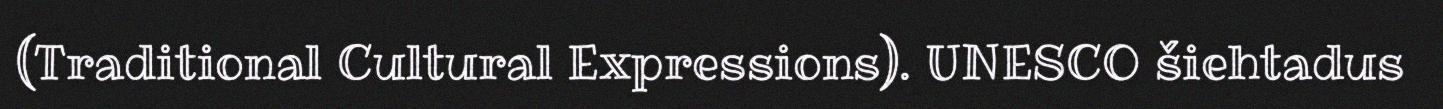
(Traditional Cultural Expressions). UNESCO šiehtadus